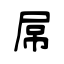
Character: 屌